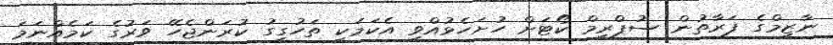
ނާޒިމްގެ ފަރާތުން ސުޕްރީމް ކޯޓަށް ހުށަހެޅުއްވި އެކަމަކީ ތަހުގީގު ކުރަންޖެހޭ ވަރުގެ ކަމެއްނަމަ